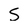
Character: S